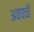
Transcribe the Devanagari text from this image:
अवघची